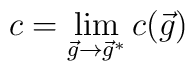
c=\lim _{\vec{g}\rightarrow \vec{g}^{*}}c(\vec{g})